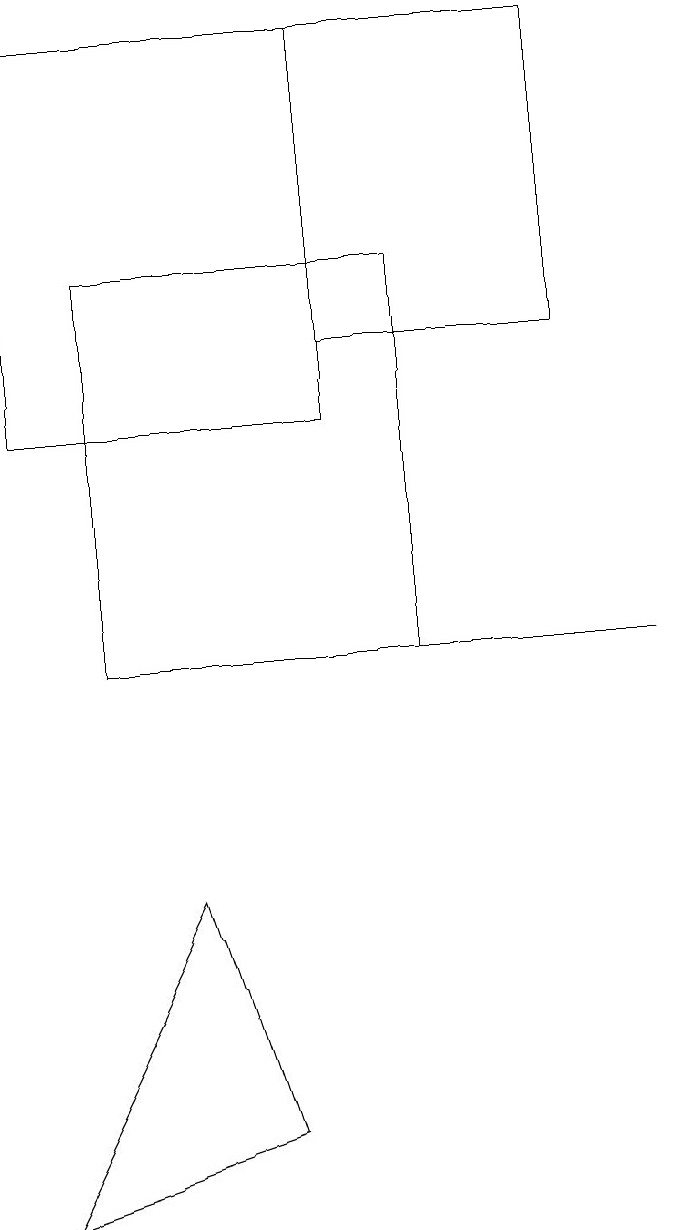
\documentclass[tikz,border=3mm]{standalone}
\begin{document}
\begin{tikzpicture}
\draw (1,18) rectangle (5,13);
\draw (4,4) -- (1,3) -- (3,7) -- cycle;
\draw (2,15) rectangle (6,10);
\draw (8,14) rectangle (5,18);
\draw (3,10) rectangle (9,10);
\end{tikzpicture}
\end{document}